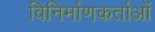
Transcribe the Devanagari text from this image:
विनिर्माणकर्ताओं